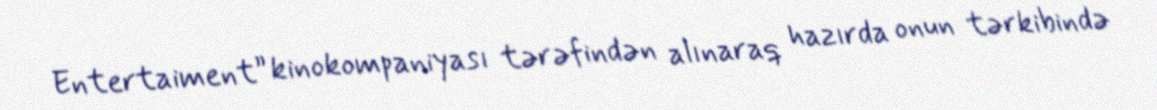
Entertaiment” kinokompaniyası tərəfindən alınaraq hazırda onun tərkibində